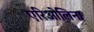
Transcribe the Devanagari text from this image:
एरिओलिना